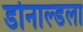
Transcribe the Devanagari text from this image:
डोनाल्डला